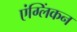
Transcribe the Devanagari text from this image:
एंग्लिंकन